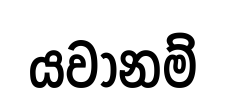
යවානම්